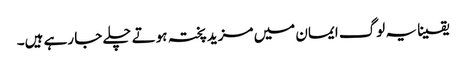
یقینا یہ لوگ ایمان میں مزید پختہ ہوتے چلے جا رہے ہیں۔